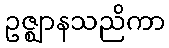
ဥဇ္ဈာနသညိကာ